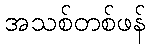
အသစ်တစ်ဖန်